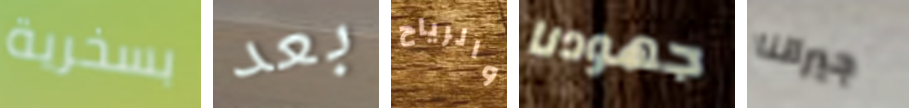
بسخرية بعد والرياح جهودنا جيراننا